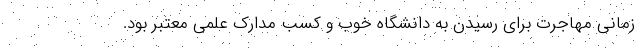
زمانی مهاجرت برای رسیدن به دانشگاه خوب و کسب مدارک علمی معتبر بود.